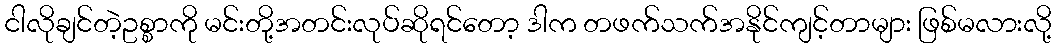
ငါလိုချင်တဲ့ဥစ္စာကို မင်းတို့အတင်းလုပ်ဆိုရင်တော့ ဒါက တဖက်သက်အနိုင်ကျင့်တာများ ဖြစ်မလားလို့